Vaccination in the Punjab 1905-1918 - 1905-1918
Year: 1905
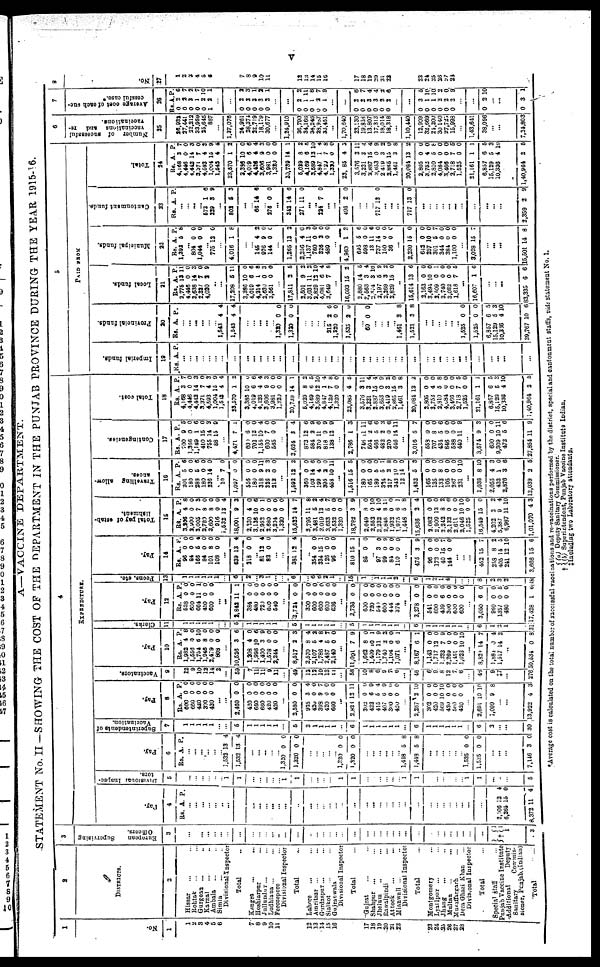
v
A—VACCINE DEPARTMENT.
STATEMENT No. II—SHOWING THE COST OF THE DEPARTMENT IN THE PUNJAB PROVINCE DURING THE YEAR 1915-16.
1
No.
1
1
2
3
4
5
6
7
8
9
10
11
12
13
14
15
16
17
18
19
20
21
22
23
24
25
26
27
28
2
DISTRICTS.
2
Hissar ... ...
Rohtak ... ...
Gurgoan ... ...
Karnal ... ...
Ambala ... ...
Simla ... ...
Divisional Inspector
Total ...
Kangra ... ...
Hoshiarpur ... ...
Jullundur ... ...
Ludhiana ... ...
Ferozepore ...
Divisional Inspector
Total ...
Lahore ... ...
Amritsar ... ...
Gurdaspur ... ...
Sialkot ... ...
Gujranwala ...
Divisional Inspector
Total ...
Gujrat ... ...
Shahpur ... ...
Jhelum ... ...
Rawalpindi ...
Attock ... ...
Mainwali ... ...
Divisional Inspector
Total ...
Montgomery ...
Lyallpur ... ...
Jhang ... ...
Multan ... ...
Muzaffargarh ...
Dera Ghazi Khan ...
Divisional Inspector
Total ...
Special staff ...
Punjab Vaccine Institute
Additional Deputy
Sanitary
Commis-
sioner, Punjab.(Indian)
Total
...
3
European
Supervising
Officers.
3
...
...
...
...
...
...
...
...
...
...
...
...
...
...
...
...
...
... ...
...
...
...
...
...
...
...
...
...
...
...
...
...
...
...
...
...
...
...
† 1
1
1
3
4
EXPENDITURE.
Pay.
4
Rs. A. P.
...
...
...
...
...
...
...
...
...
...
...
...
...
...
...
... ...
...
...
...
...
...
...
... ...
...
...
...
...
...
...
...
...
... ...
...
...
2,106
6,265
8,372
12
15
11
4
0
4
Divisional Inspec-
tors.
5
...
...
...
...
...
...
1
1
...
...
...
...
1
1
...
...
... ...
...
1
1
...
...
... ...
... ...
1
1
...
...
...
...
...
...
1
1
...
...
...
5
Pay.
6
Rs. A. P.
...
...
...
...
...
...
1,532
1,532
13
13
4
4
...
...
...
...
...
1,320
1,320
0
0
0
0
...
...
... ...
...
1,320
1,320
0
0
0
0
...
...
...
...
...
...
1,448
1,443
5
5
8
8
...
...
...
...
...
...
1,525
1,525
0
0
0
0
...
...
...
7,146 3
0
Superintendents of
Vaccination.
7
1
1
1
1
1
...
...
5
1
1
1
1 1
...
5
2
1
1
1
1
... 6
1
1
1 1
1
1
...
6
1
1 1
1
1
1
...
6
3
...
...
30
Pay.
8
Rs.
600
660 420
300
420
A.
0
0 0
0
0
P.
0
0 0
0 0
...
...
2,460
420
660
680
420
420
0
0
0
0
0
0
0 0
0
0
0
0
...
2,580
935
420 398
420 600
0
3
0 9
0 0
0
4
0
7 0
0
...
2,828
302
423
415
407
300
420
12
0
6
5
6
0
0
11
0
9
4
9
0
0
...
2,267
302
420
569
420 560
420
2
0
0
10
0
0
0
10
0
0
10
0
0
0
...
2,691
1,099
10
9
10
8
...
...
13,922 4 3
Vaccinators.
9
12
9
10
12
14
2
...
59
7
11
11
9
11
...
49
12
12
10
13
11
...
58
10
8
6
9 7
6
...
46
6
9
8
12
7
6
...
48
9
‡7
...
276
Pay.
10
Rs.
1,982
1,556
1,754
1,946
2,479
808
A.
4
0
5
8
0
0
P.
8
0
10
0
0
0
...
10,526
1,208
1,998
1,490
1,578
2,244
3
4
10
3
0
0
6
0
6 9
0
0
...
8,517
2,570
2,107
1,788
2,487
2,140
2
8
5
4
5
0
3
4
2
8
7
0
...
11,091
1,662
1,409
1,179
1,740
1,104
1,071
7
8
10
11
2
0
6
9
0
1
9
2
0
1
...
8,167
1,143
1,717
1,222
2,269
1,451
1,026
6
0
12
7
0
0
10
1
0 0
9
0
0
10 ...
8,839
1,884
1,517
14
0
14
7
4
2
...
50,634 0 8
Clerks.
11
1
1
1
1
1
...
...
5
1
1
1
1
1
5
1
1
1
1
1
...
5
1
1
1
1
1
1 ...
6
1
1
1
1
1
1
...
6
1
2
1
31
Pay.
12
Rs.
528 600
664
450
600
A.
0
0
11
0
0
P.
0
0
1
0
0
...
...
2,842
384
480
720
600
540
11
0
0
0
0
0
1
0
0
0
0
0
...
2,724
300
600
600
600
636
0
0
0
0
0
0
0
0
0
0
0
0
...
2,738
600
720
540
600
444
374
0
0
0
0
0
0
0
0
0 0 0
0
0 0
...
3,278
541
600
409
300
600
600
0
0
0
6
0
0
0
0
0 0
0
0
0
0
...
3,050
960
1357
480
17,428
6
0
0
0
1
0
0
5
0
6
Peons, etc.
13
1 1
1
1
1
1
...
6
2
... 3
1
...
...
6
...
6
6
2
1
...
15
1
...
1
1
1
2
...
6
1
2
1
4 ...
...
...
8
2
3
2
48
Pay.
14
Rs.
96
84
166
84
101
108
A.
0
0
5
0
8
0
P.
0
0 4
0
0
0
...
639
218
13
0
4
0
...
81
82
12
0
4
0
...
...
381 12 4
...
354
334
126
96
0
15
0
0
0
1
0
0
...
810
85
15
0
1
0
...
97
99
84
110
3
0
0
0
0
9
0
0
...
475
96
172
40
144
3
0
0 15
0
9
0
0 7
0
...
...
...
452
258
405
241
3,666
15
8
14
12
15
7
2
5
10
6
Total
pay
of
estab-
lishment.
15
Rs.
3,266
2,900
3,005
2,780
3,600
916
1,532
18,001
2,230
3,136
2,952
2,680
3,204
1,320
15,522
3,795
3,481
3,019
3,633
3,532
1,320
18,782
2 649
2,552
2,232
2,848
1,932
1,975
1,448
15,636
2,082
2,909
2,242
3,133
2,611
2,048
1,525
16,549
4,202
5,387
6,987
1,01,070
A.
4
0
7
8
8
0
13
9
4
10
0
0
0
0
14
11
5
13
5
0
0
3
8
0
4
8
0
6
5
2
0
12
8
0
0 10
0
15
2
9
11
4
P.
8
0
5
0
0
0
4
3
0
6
1
0
0
0
7
8
2
4
7
0
0
9
0
10
10
11
0
1
8
4
0
0
2
0
0
10
0
0
2
4
10
3
Travelling allow-
ances.
16
Rs.
201
180
288
180
236
A.
5
0
5
0
14
P.
6
0
6
0
0
...
10
1,097
556
180
318
326
212
7
0
0
0
9
2
0
0
0
0
0
11
3
0
...
1,592
360
103
199
395
458
12
0
14
4
2
10
2
0
6
0
0
11
...
1,516
180
165
189
324
217
343
12
1,432
165
135
133
105
267
231
15
0
0
5
5
3
10
14
5
0
0
8
0
0
0
5
0
0
0
7
8
0
0
3
0
0
0
0
0
10
...
1,036
2,055
432
2,876
12,039
8
4
1
3
2
10
3
0
6
5
Contingencies.
17
Rs.
200
1,366
1,149
410
755
88
A.
9
0 1
15
14
15
P.
5
0
6
0
3
9
...
4,471
600
702
1,155
600
565
7
6
12
10
7
0
1
0
0
4
0
0
...
3,624
873
584
370
818
138
3
12
2
11
9
12
4
6
9
6
9
9
...
2,786
746
504
466
482
270
546
1
11
2
5
2
0
14
3
11
6
6
3
6
11
...
3,016
558
707
434
846
588
440
5
0
8
5
0
0
11
7
0
0
6
0
0
9
...
3,574
600
9,309
472
27,854
9
0
10
5
11
3
0
11
6
9
Total cost.
18
Rs.
4,168
4,446
4,442
3,371
4,593
1,004
1,543
23,570
3,385
4,019
4,126
3,606
3,981
1,320
20,739
5,029
4,159
3,589
4,847
4,129
1,320
23,085
3,576
3,221
2,837
3,653
2,419
2,865
1,461
20,084
2,805
3,752
2,810
4,084
3,466
2,718
1,525
21,161
6,857
15,129
10,336
1,40,964
A.
3
0
14 7
4
15
4
1
10
6
4
9
0
0
14
8
6
12
1
7
0
4
3
3
15
0
3
15
3
13
0
4
5
0
0
7
0
1
6
5
4
2
P.
7
0
3
0
3
9
4
2
0
6
4
3
0
0
1
2
5
10
4
8
0
5
11
4
4
9
2
0
8
2
0
0
8
0
0
5
0
1
5
3 10
5
5
PAID FROM
Imperial funds.
19
Rs. A. P.
...
...
...
...
...
...
...
...
...
...
...
...
...
...
...
...
...
... ...
...
...
...
...
...
... ...
...
...
...
...
...
...
...
...
...
...
...
...
...
...
...
...
Provincial funds.
20
Rs.
A. P.
...
...
...
...
...
...
1,543
1,543
4
4
4
4
...
...
...
...
... 1,320
1,320
0
0
0
0
...
...
...
...
215
1,320
1,535
2
0
2
0
0
0
...
60 0 0
...
...
...
...
1,461
1,521
3
3
8
8
...
...
...
...
... ...
1,525
1,525
6,857
15,129
10,386
39,767
0
0
6
5
4
10
0
0
5
3
10
6
Local funds.
21
Rs.
2,775
4,446
3,638
2,337
4,020
A.
13
0
14
7
2
P.
11
0
3
0
9
...
...
17,208
3,386
4,019
4,214
2,830
3,561
5
10
6
1
0
0
11
0
6
8
3
0
...
17,811
2,501
3,031
2,829
4,081
3,649
2
9
11
12
6
7
5
2
2
10
4
8
...
16,093
2,880
2,563
2,374
2,197
2,269
2,829
15
14
3
3
5
3
15
2
5
4
10
9
2
0
...
15,614
2,163
3,494
2,509
3,740
3,082
1,618
13
0
10
0
0
0
7
6
0
0
1
0
0
5
...
16,607 1 6
...
...
...
83,335 6 6
Municipal funds.
22
Rs.
1,393
A.
5
P.
8
...
804
1,044
0
0
0
0
...
775 12 0
...
4,016 1 8
...
... 145
976
144
4
9
0
2
0
0
...
1,265
2,356
1,137
760
326
480
13
4
11
0
2
0
2
0
3
0
0
0
...
4,960
695
598
13
737
150
36
1
5
0
11
14
0
0
3
6
0
6
0
0
0
...
2,230
642
257
301
344
384
1,100
15
0
10
5
0
0
0
0
0
0
7
0
0
0
...
3,028 15 7
...
...
...
15,501 14 8
Cantonment funds.
23
Rs. A. P.
...
... ...
...
573
229
1
3
6
9
...
802 5 3
...
... 66 14 6
... 276 0 0
...
342
271
14
11
6
0
...
...
224 7 0
...
...
496 2 0
...
...
... 717 13 0
...
...
...
717 13 0
...
...
...
... ...
...
...
...
...
...
...
2,359 2 9
Total.
24
Rs.
4,168
4,446
4,442
3,371
4,593
1,004
1,543
23,570
3,386
4,019
4,426
3,606
3,981
1,320
20,739
5,029
4,169
3,589
4,847
4,120
1,320
23,085
3,576
3,221
2,887
3,653
2,419
2,885
1,461
20,084
2,805
3,752
2,810
4,084
3,466
2,718
1,525
21,161
6,857
15,129
10,336
1,40,964
A.
3
0
14
7
4
15
4
1
10
6
4
9
0
0
14
8
6
12
1
7
0
4
3
3
15
0
3
10
3
13
0
4
5
0
0
7
0
1
6
5
4
2
P.
7
0 3
0
3
9
4
2
0
6
4
3
0
0
1
2
5
10
4
8
0
3
11
4
4
9
2
0
8
2
0
0
8
0
0
5
0
1
5
3
10
5
6
Number of successful
vaccinations and re-
vaccinations.
25
26,932
27,441
22,212
33,959
25,645
887
...
1,37,076
24,961
28,374
32,719
18,179
30,677
...
1,24,910
36,790
34,166
34,246
28,887
36,451
...
1,70,640
23,130
19,858
13,807
17,313
18,014
18,318
...
1,10,440
12,909
32,669
24,200
30,140
27,723
15,998
...
1,43,641
38,096
...
...
7,24,803
7
Average cost of each suc-
cessful case.*
26
Rs.
0
0
0
0
0
1
A.
2
2
3
1
2
2
P.
6
7
2
7
10
1
...
...
0
0
0
0
0
2
2
3
3
2
2
3
1
2
1
...
...
0
0
0
0
0
2
1
1
2
1
2
11
8
7
9
...
...
0
0
0
0
0
0
2
2
3
3
2
2
6
7
4
4 2
6
...
...
0
0
0
0
0
0
3
1
1
2
2
2
5 10 10
2
0
9
...
...
0 2 10
...
...
0 3 1
8
No.
27
1
2
3
4
5
6
7
8
9
10
11
12
13
14
15
16
17
18
19
20
21
22
23
24
25
26
27
28
*Average cost is calculated on the total number of successful vaccinations and re-vaccinations performed by the district, special and cantonment staffs, vide statement No. I.
†(a) Deputy Sanitary Commissioner.
(b) Superintend, Punjab Vaccine Institute Indian.
‡ Including two Laboratory attendants.